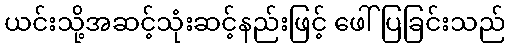
ယင်းသို့အဆင့်သုံးဆင့်နည်းဖြင့် ဖေါ်ပြခြင်းသည်